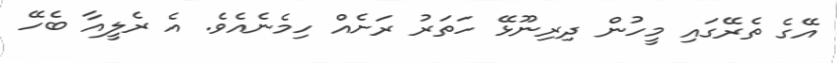
އޭގެ ތެރޭގައި މީހުން ދިރިނޫޅޭ ހަތަރު ރަށެއް ހިމެނެއެވެ. އެ ރެލީއާ ބެހޭ